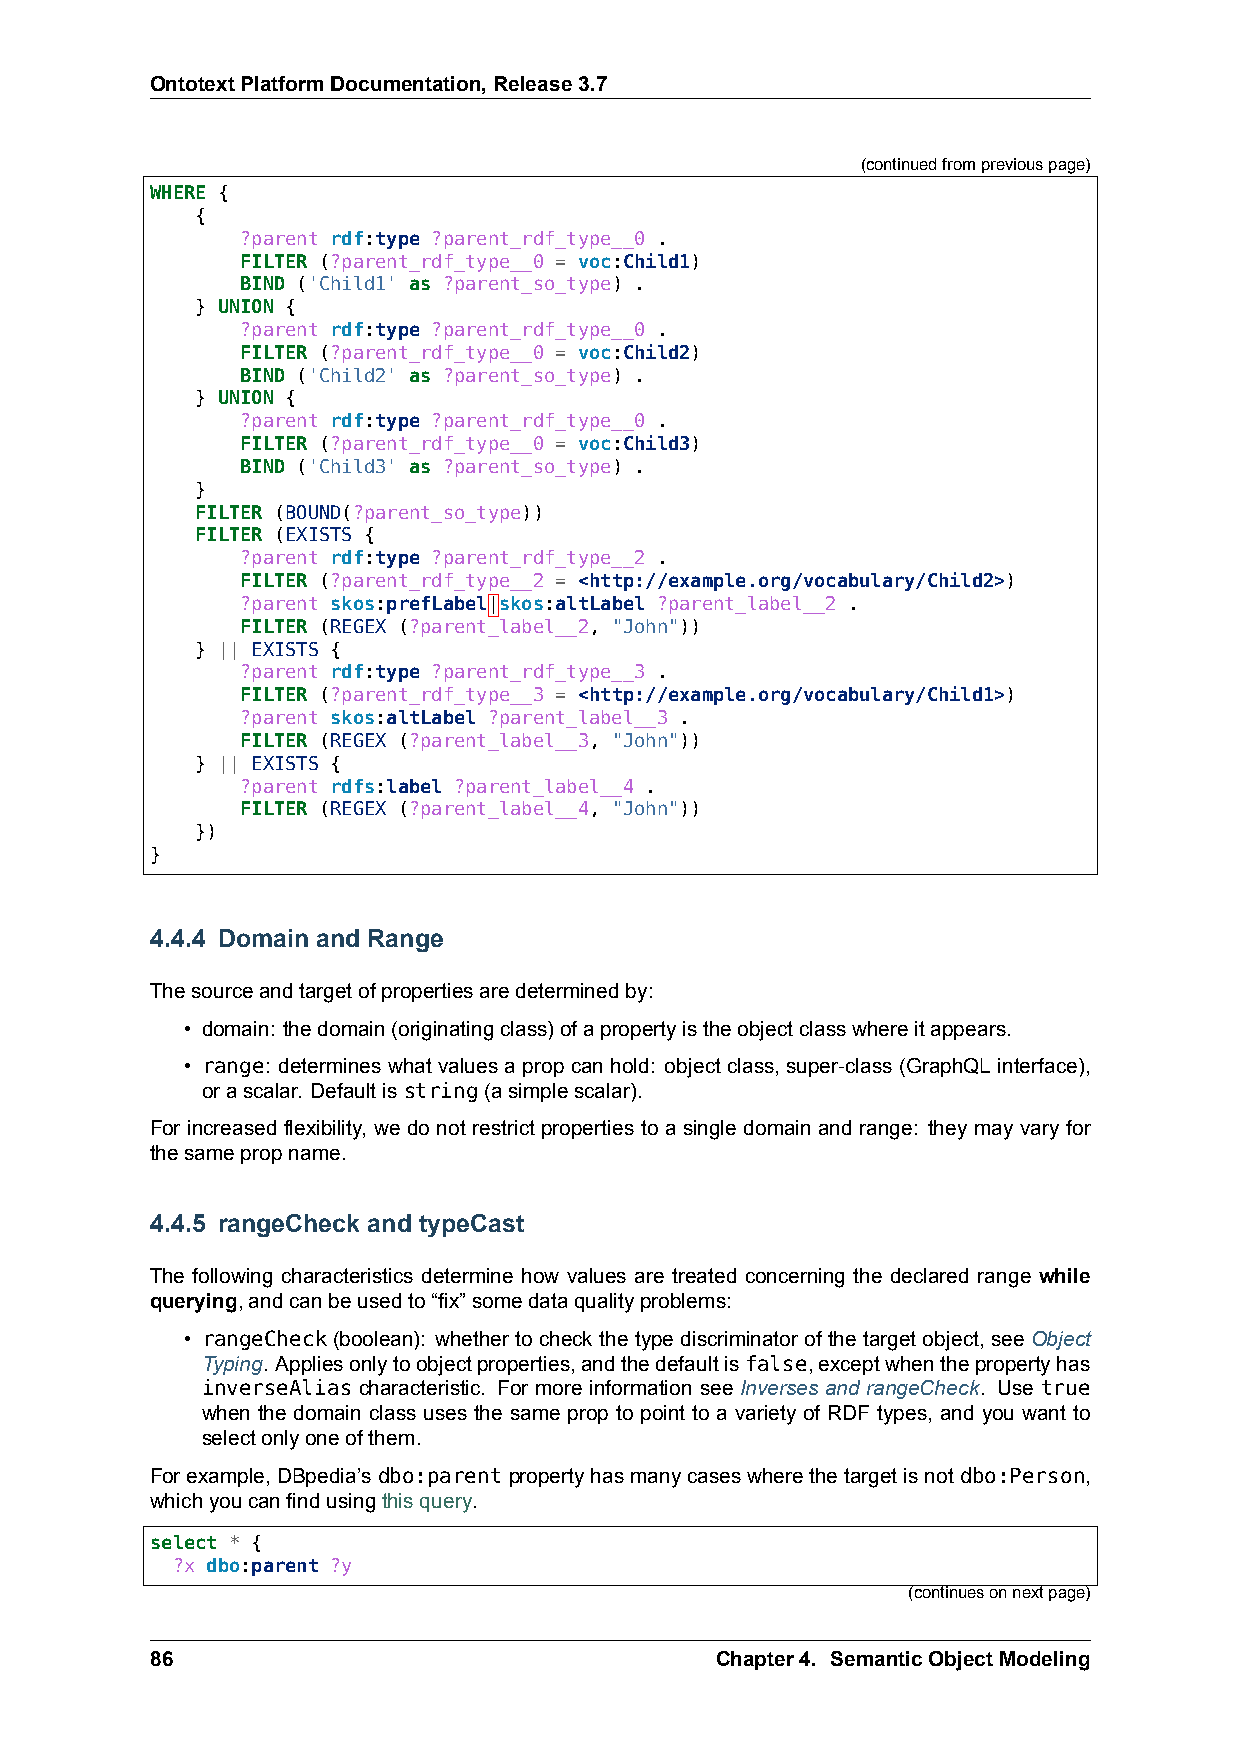
OntotextPlatformDocumentation,Release3.7
 (continuedfrompreviouspage)
 WHERE {
 {
 ?parent rdf:type ?parent_rdf_type__0 .
 FILTER (?parent_rdf_type__0 = voc:Child1)
 BIND ('Child1' as ?parent_so_type) .
 } UNION {
 ?parent rdf:type ?parent_rdf_type__0 .
 FILTER (?parent_rdf_type__0 = voc:Child2)
 BIND ('Child2' as ?parent_so_type) .
 } UNION {
 ?parent rdf:type ?parent_rdf_type__0 .
 FILTER (?parent_rdf_type__0 = voc:Child3)
 BIND ('Child3' as ?parent_so_type) .
 }
 FILTER (BOUND(?parent_so_type))
 FILTER (EXISTS {
 ?parent rdf:type ?parent_rdf_type__2 .
 FILTER (?parent_rdf_type__2 = <http://example.org/vocabulary/Child2>)
 ?parent skos:prefLabel|skos:altLabel ?parent_label__2 .
 FILTER (REGEX (?parent_label__2, "John"))
 } || EXISTS {
 ?parent rdf:type ?parent_rdf_type__3 .
 FILTER (?parent_rdf_type__3 = <http://example.org/vocabulary/Child1>)
 ?parent skos:altLabel ?parent_label__3 .
 FILTER (REGEX (?parent_label__3, "John"))
 } || EXISTS {
 ?parent rdfs:label ?parent_label__4 .
 FILTER (REGEX (?parent_label__4, "John"))
 })
 }
 4.4.4 Domain and Range
 Thesourceandtargetofpropertiesaredeterminedby:
 • domain: thedomain(originatingclass)ofapropertyistheobjectclasswhereitappears.
 • range: determines what values a prop can hold: object class, super-class (GraphQL interface),
 orascalar. Defaultisstring(asimplescalar).
 For increased flexibility, we do not restrict properties to a single domain and range: they may vary for
 thesamepropname.
 4.4.5 rangeCheck and typeCast
 The following characteristics determine how values are treated concerning the declared range while
 querying,andcanbeusedto“fix”somedataqualityproblems:
 • rangeCheck (boolean): whether to check the type discriminator of the target object, see Object
 Typing. Appliesonlytoobjectproperties,andthedefaultisfalse,exceptwhenthepropertyhas
 inverseAlias characteristic. For more information see Inverses and rangeCheck. Use true
 when the domain class uses the same prop to point to a variety of RDF types, and you want to
 selectonlyoneofthem.
 Forexample,DBpedia’sdbo:parentpropertyhasmanycaseswherethetargetisnotdbo:Person,
 whichyoucanfindusingthisquery.
 select * {
 ?x dbo:parent ?y
 (continuesonnextpage)
 86                                   Chapter4. SemanticObjectModeling